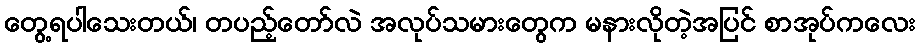
တွေ့ရပါသေးတယ်၊ တပည့်တော်လဲ အလုပ်သမားတွေက မနားလိုတဲ့အပြင် စာအုပ်ကလေး